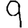
Digit: 9